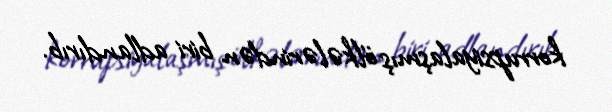
korrupsiyalaşmış ölkələrindən biri adlandırıb.